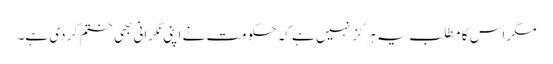
مگر اس کا مطلب یہ ہرگز نہیں ہے کہ حکومت نے اپنی نگرانی بھی ختم کر دی ہے۔